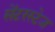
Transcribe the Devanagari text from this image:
सेंटरस्टेज